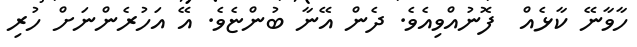
ހާވާނޭ ކާޅެއް  ފޮނުއްވިއެވެ. ދެން އޭނާ ބުންޏެވެ. އޭ އަހުރެންނަށް ހުރި